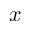
x